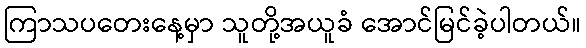
ကြာသပတေးနေ့မှာ သူတို့အယူခံ အောင်မြင်ခဲ့ပါတယ်။